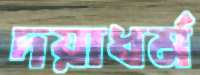
দয়াধর্ম